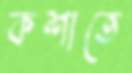
কশাতে